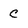
Character: C